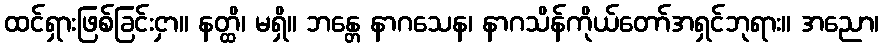
ထင်ရှားဖြစ်ခြင်းငှာ။ နတ္ထိ၊ မရှိ။ ဘန္တေ နာဂသေန၊ နာဂသိန်ကိုယ်တော်အရှင်ဘုရား။ အညော၊